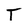
Character: T